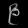
Digit: ၉